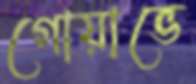
গোয়াভে